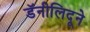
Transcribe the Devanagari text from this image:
डॅनीलिदूने